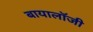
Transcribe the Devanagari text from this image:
बायालॉजी